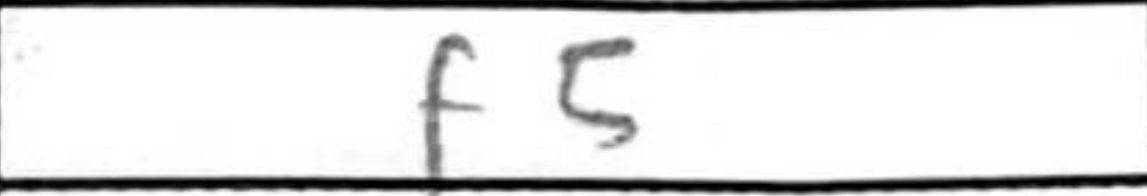
Transcription: f5